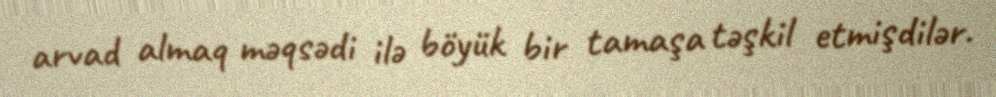
arvad almaq məqsədi ilə böyük bir tamaşa təşkil etmişdilər.